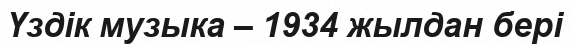
Үздік музыка – 1934 жылдан бері